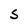
Character: s